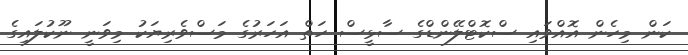
ކަން މިހެން އޮއްވައި ސްކޮޓްލޭންޑްގެ ސާޅީސް ހަތް އަހަރުގެ މަސްވެރިޔަކު މިވަނީ ނޫކުލައިގެ